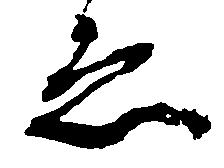
ゑ